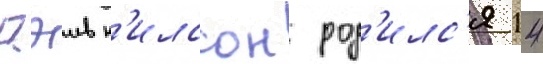
Дэив н'илссон род'илс'я 14